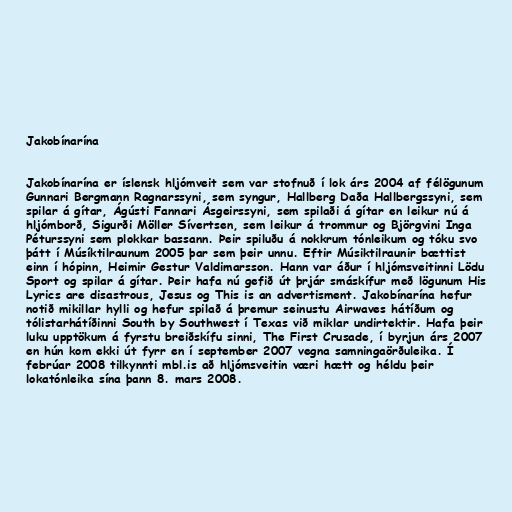
Jakobínarína

Jakobínarína er íslensk hljómveit sem var stofnuð í lok árs 2004 af félögunum
Gunnari Bergmann Ragnarssyni, sem syngur, Hallberg Daða Hallbergssyni, sem
spilar á gítar, Ágústi Fannari Ásgeirssyni, sem spilaði á gítar en leikur nú á
hljómborð, Sigurði Möller Sívertsen, sem leikur á trommur og Björgvini Inga
Péturssyni sem plokkar bassann. Þeir spiluðu á nokkrum tónleikum og tóku svo
þátt í Músíktilraunum 2005 þar sem þeir unnu. Eftir Músiktilraunir bættist
einn í hópinn, Heimir Gestur Valdimarsson. Hann var áður í hljómsveitinni Lödu
Sport og spilar á gítar. Þeir hafa nú gefið út þrjár smáskífur með lögunum His
Lyrics are disastrous, Jesus og This is an advertisment. Jakobínarína hefur
notið mikillar hylli og hefur spilað á þremur seinustu Airwaves hátíðum og
tólistarhátíðinni South by Southwest í Texas við miklar undirtektir. Hafa þeir
luku upptökum á fyrstu breiðskífu sinni, The First Crusade, í byrjun árs 2007
en hún kom ekki út fyrr en í september 2007 vegna samningaörðuleika. Í
febrúar 2008 tilkynnti mbl.is að hljómsveitin væri hætt og héldu þeir
lokatónleika sína þann 8. mars 2008.